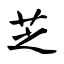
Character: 芝